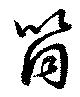
筒